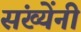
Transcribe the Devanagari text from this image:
संख्येंनी